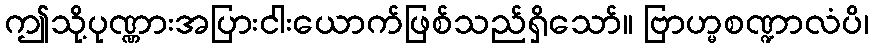
ဤသို့ပုဏ္ဏားအပြားငါးယောက်ဖြစ်သည်ရှိသော်။ ဗြာဟ္မစဏ္ဍာလံပိ၊